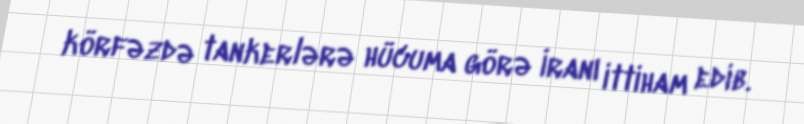
körfəzdə tankerlərə hücuma görə İranı ittiham edib.